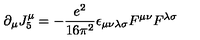
\partial _ { \mu } J _ { 5 } ^ { \mu } = - \frac { e ^ { 2 } } { 1 6 \pi ^ { 2 } } \epsilon _ { \mu \nu \lambda \sigma } F ^ { \mu \nu } F ^ { \lambda \sigma }